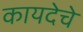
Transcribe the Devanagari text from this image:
कायदेचे